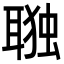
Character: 𮋷